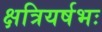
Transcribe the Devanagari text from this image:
क्षत्रियर्षभः